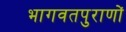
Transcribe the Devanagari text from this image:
भागवतपुराणों